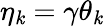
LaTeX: \eta_{\mathit{k}}=\gamma\theta_{\mathit{k}}